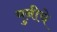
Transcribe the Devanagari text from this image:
मुनीचे